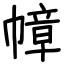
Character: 幛